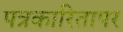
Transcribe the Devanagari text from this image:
पत्रकारितापर